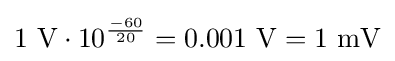
1\ {\text{V}}\cdot 10^{\frac {-60}{20}}=0.001\ {\text{V}}=1\ {\text{mV}}